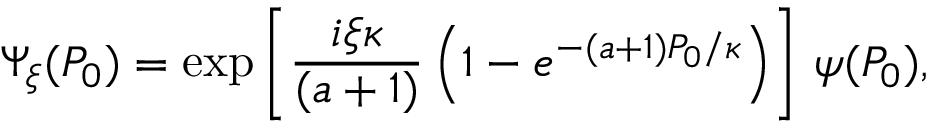
\Psi _ { \xi } ( P _ { 0 } ) = \exp \left[ \frac { i \xi \kappa } { ( a + 1 ) } \left( 1 - e ^ { - ( a + 1 ) P _ { 0 } / \kappa } \right) \right] \, \psi ( P _ { 0 } ) ,